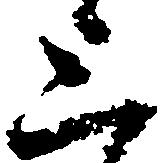
上